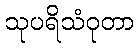
သုပရိသံဝုတာ